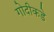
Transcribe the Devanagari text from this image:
गोदीकडे